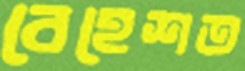
বেহেশত